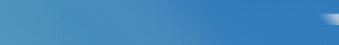
تأمين على الحياة والمركبا